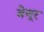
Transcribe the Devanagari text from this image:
बेणूर